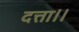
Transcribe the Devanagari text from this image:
दत्ता।।